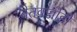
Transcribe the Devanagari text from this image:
बेतवज्जोही